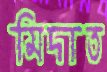
মিদাত